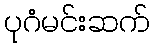
ပုဂံမင်းဆက်